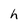
Character: h